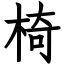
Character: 椅